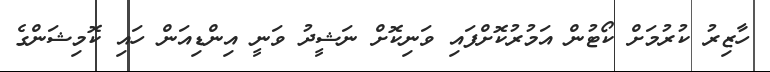
ހާޒިރު ކުރުމަށް ކޯޓުން އަމުރުކޮށްފައި ވަނިކޮށް ނަޝީދު ވަނީ އިންޑިއަން ހައި ކޮމިޝަންގެ